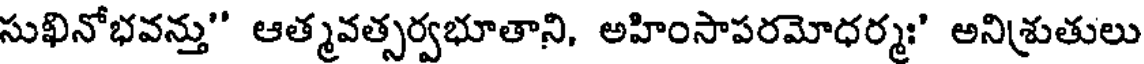
సుఖినోభవన్తు" ఆత్మవత్సర్వభూతాని, అహింసాపరమోధర్మః" అనిశ్రుతులు